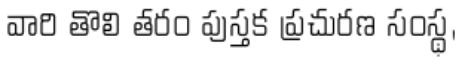
వారి తొలి తరం పుస్తక ప్రచురణ సంస్థ,